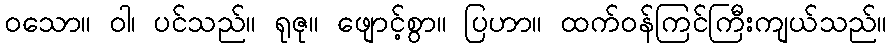
ဝသော။ ဝါ၊ ပင်သည်။ ရုဇု။ ဖျောင့်စွာ။ ပြဟာ။ ထက်ဝန်ကြင်ကြီးကျယ်သည်။